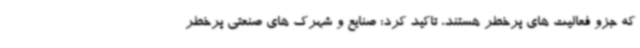
که جزو فعالیت های پرخطر هستند، تاکید کرد: صنایع و شهرک های صنعتی پرخطر